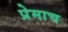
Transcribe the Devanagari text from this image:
प्रेमाच